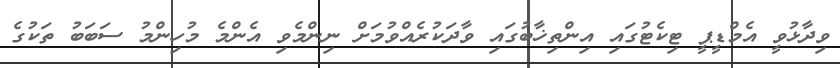
ވިދާޅުވީ އެމްޑީޕީ ޓިކެޓުގައި އިންތިޚާބުގައި ވާދަކުރެއްވުމަށް ނިންމެވި އެންމެ މުހިންމު ސަބަބު ތަކުގެ